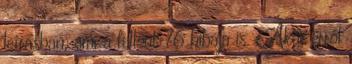
leírásban, ami a fallout 76 hibája is. Akár erről